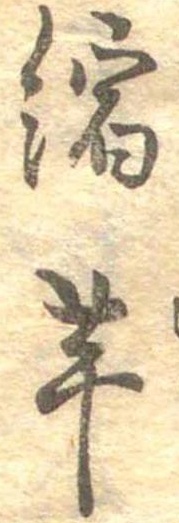
縮芋